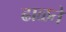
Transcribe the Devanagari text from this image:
ढाळते